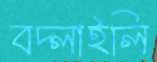
বদ্‌লাইলি